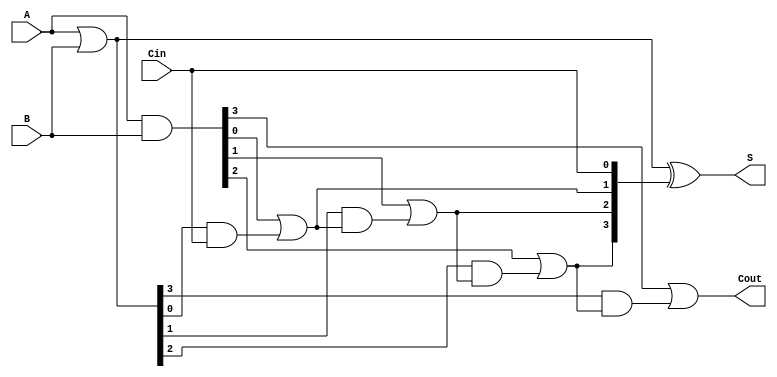
module RCLA #(parameter N = 4) (
    input  [N-1:0] A,      // First n-bit input
    input  [N-1:0] B,      // Second n-bit input
    input         Cin,      // Carry-in
    output [N-1:0] S,      // n-bit sum output
    output        Cout      // Carry-out
);

    // Generate and Propagate signals
    wire [N-1:0] G; // Generate
    wire [N-1:0] P; // Propagate
    wire [N:0] C;    // Carry signals

    // Generate and Propagate logic
    assign G = A & B;           // Gi = Ai AND Bi
    assign P = A | B;           // Pi = Ai OR Bi

    // Carry generation
    assign C[0] = Cin;          // C0 = Cin
    generate
        genvar i;
        for (i = 0; i < N; i = i + 1) begin : carry_logic
            assign C[i + 1] = G[i] | (P[i] & C[i]); // Ci+1 = Gi OR (Pi AND Ci)
        end
    endgenerate

    // Sum calculation
    assign S = P ^ C[N-1:0];   // Si = Pi XOR Ci

    // Carry-out
    assign Cout = C[N];         // Cout = CN

endmodule